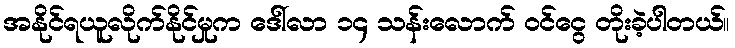
အနိုင်ရယူလိုက်နိုင်မှုက ဒေါ်လာ ၁၄ သန်းလောက် ဝင်ငွေ တိုးခဲ့ပါတယ်။